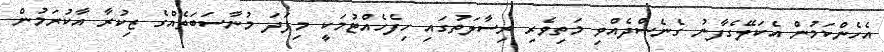
އެހެންކަމުން އެކަލޭގެފާނު ގެނެސްދެއްވި މަތިވެރި ރިސާލަތުގައި ހިފެހެއްޓުމަކީ މިފަދަ މުނާސަބަތެއްގެ ޒިކުރާ އާކުރަމުން